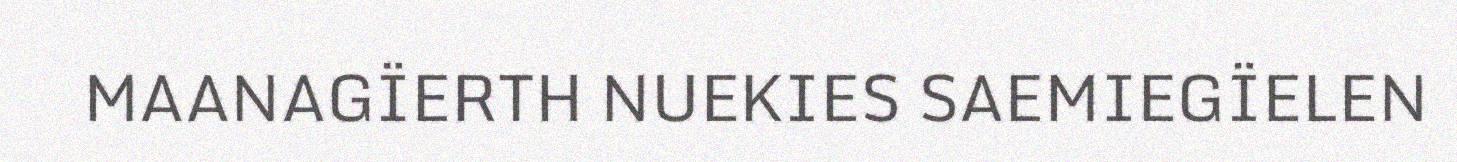
MAANAGÏERTH NUEKIES SAEMIEGÏELEN